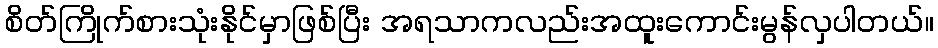
စိတ်ကြိုက်စားသုံးနိုင်မှာဖြစ်ပြီး အရသာကလည်းအထူးကောင်းမွန်လှပါတယ်။